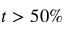
t > 5 0 \%